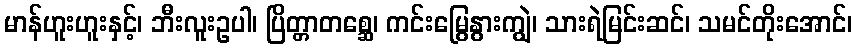
မာန်ဟူးဟူးနှင့်၊ ဘီးလူးဥပါ၊ ပြိတ္တာတစ္ဆေ၊ ကင်းမြွေနွားကျွဲ၊ သားရဲမြင်းဆင်၊ သမင်တိုးအောင်၊